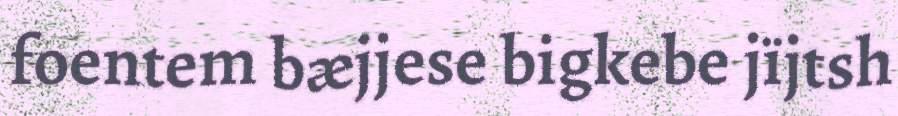
foentem bæjjese bigkebe jïjtsh